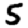
Digit: 5